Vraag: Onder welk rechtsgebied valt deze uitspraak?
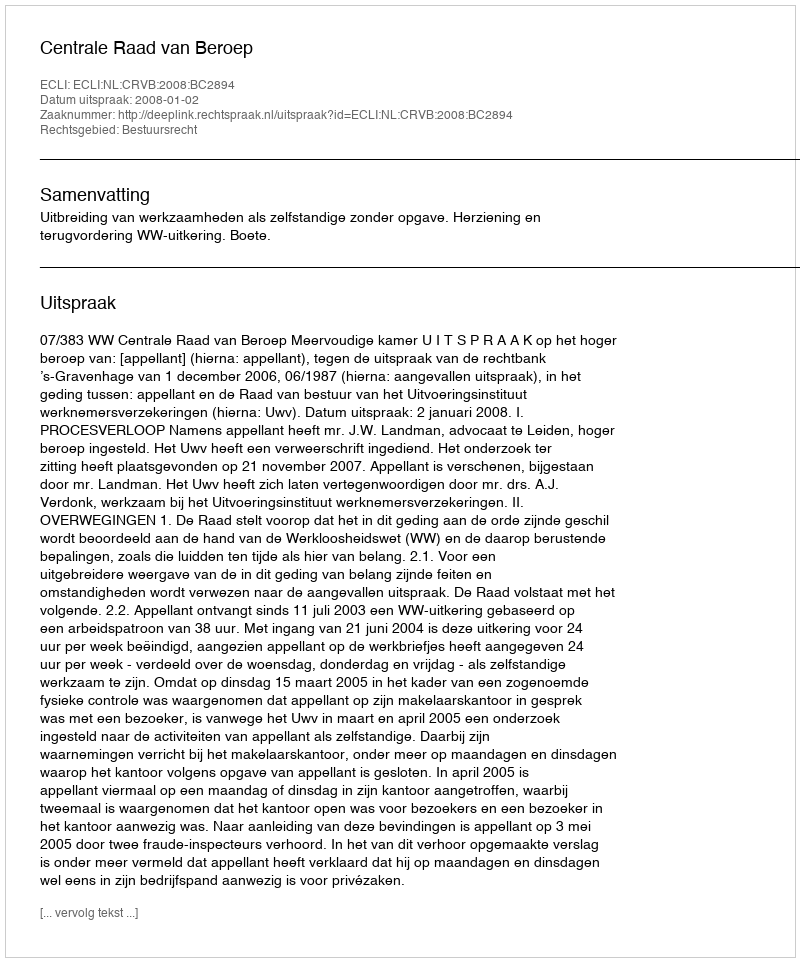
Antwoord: Bestuursrecht